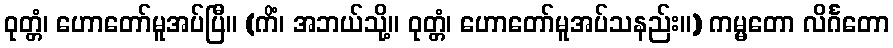
ဝုတ္တံ၊ ဟောတော်မူအပ်ပြီ။ (ကိံ၊ အဘယ်သို့။ ဝုတ္တံ၊ ဟောတော်မူအပ်သနည်း။) ကမ္မတော လိင်္ဂတော